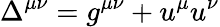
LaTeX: \Delta^{\mu\nu}=g^{\mu\nu}+u^{\mu}u^{\nu}